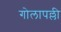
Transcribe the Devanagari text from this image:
गोलापल्ली